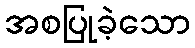
အစပြုခဲ့သော